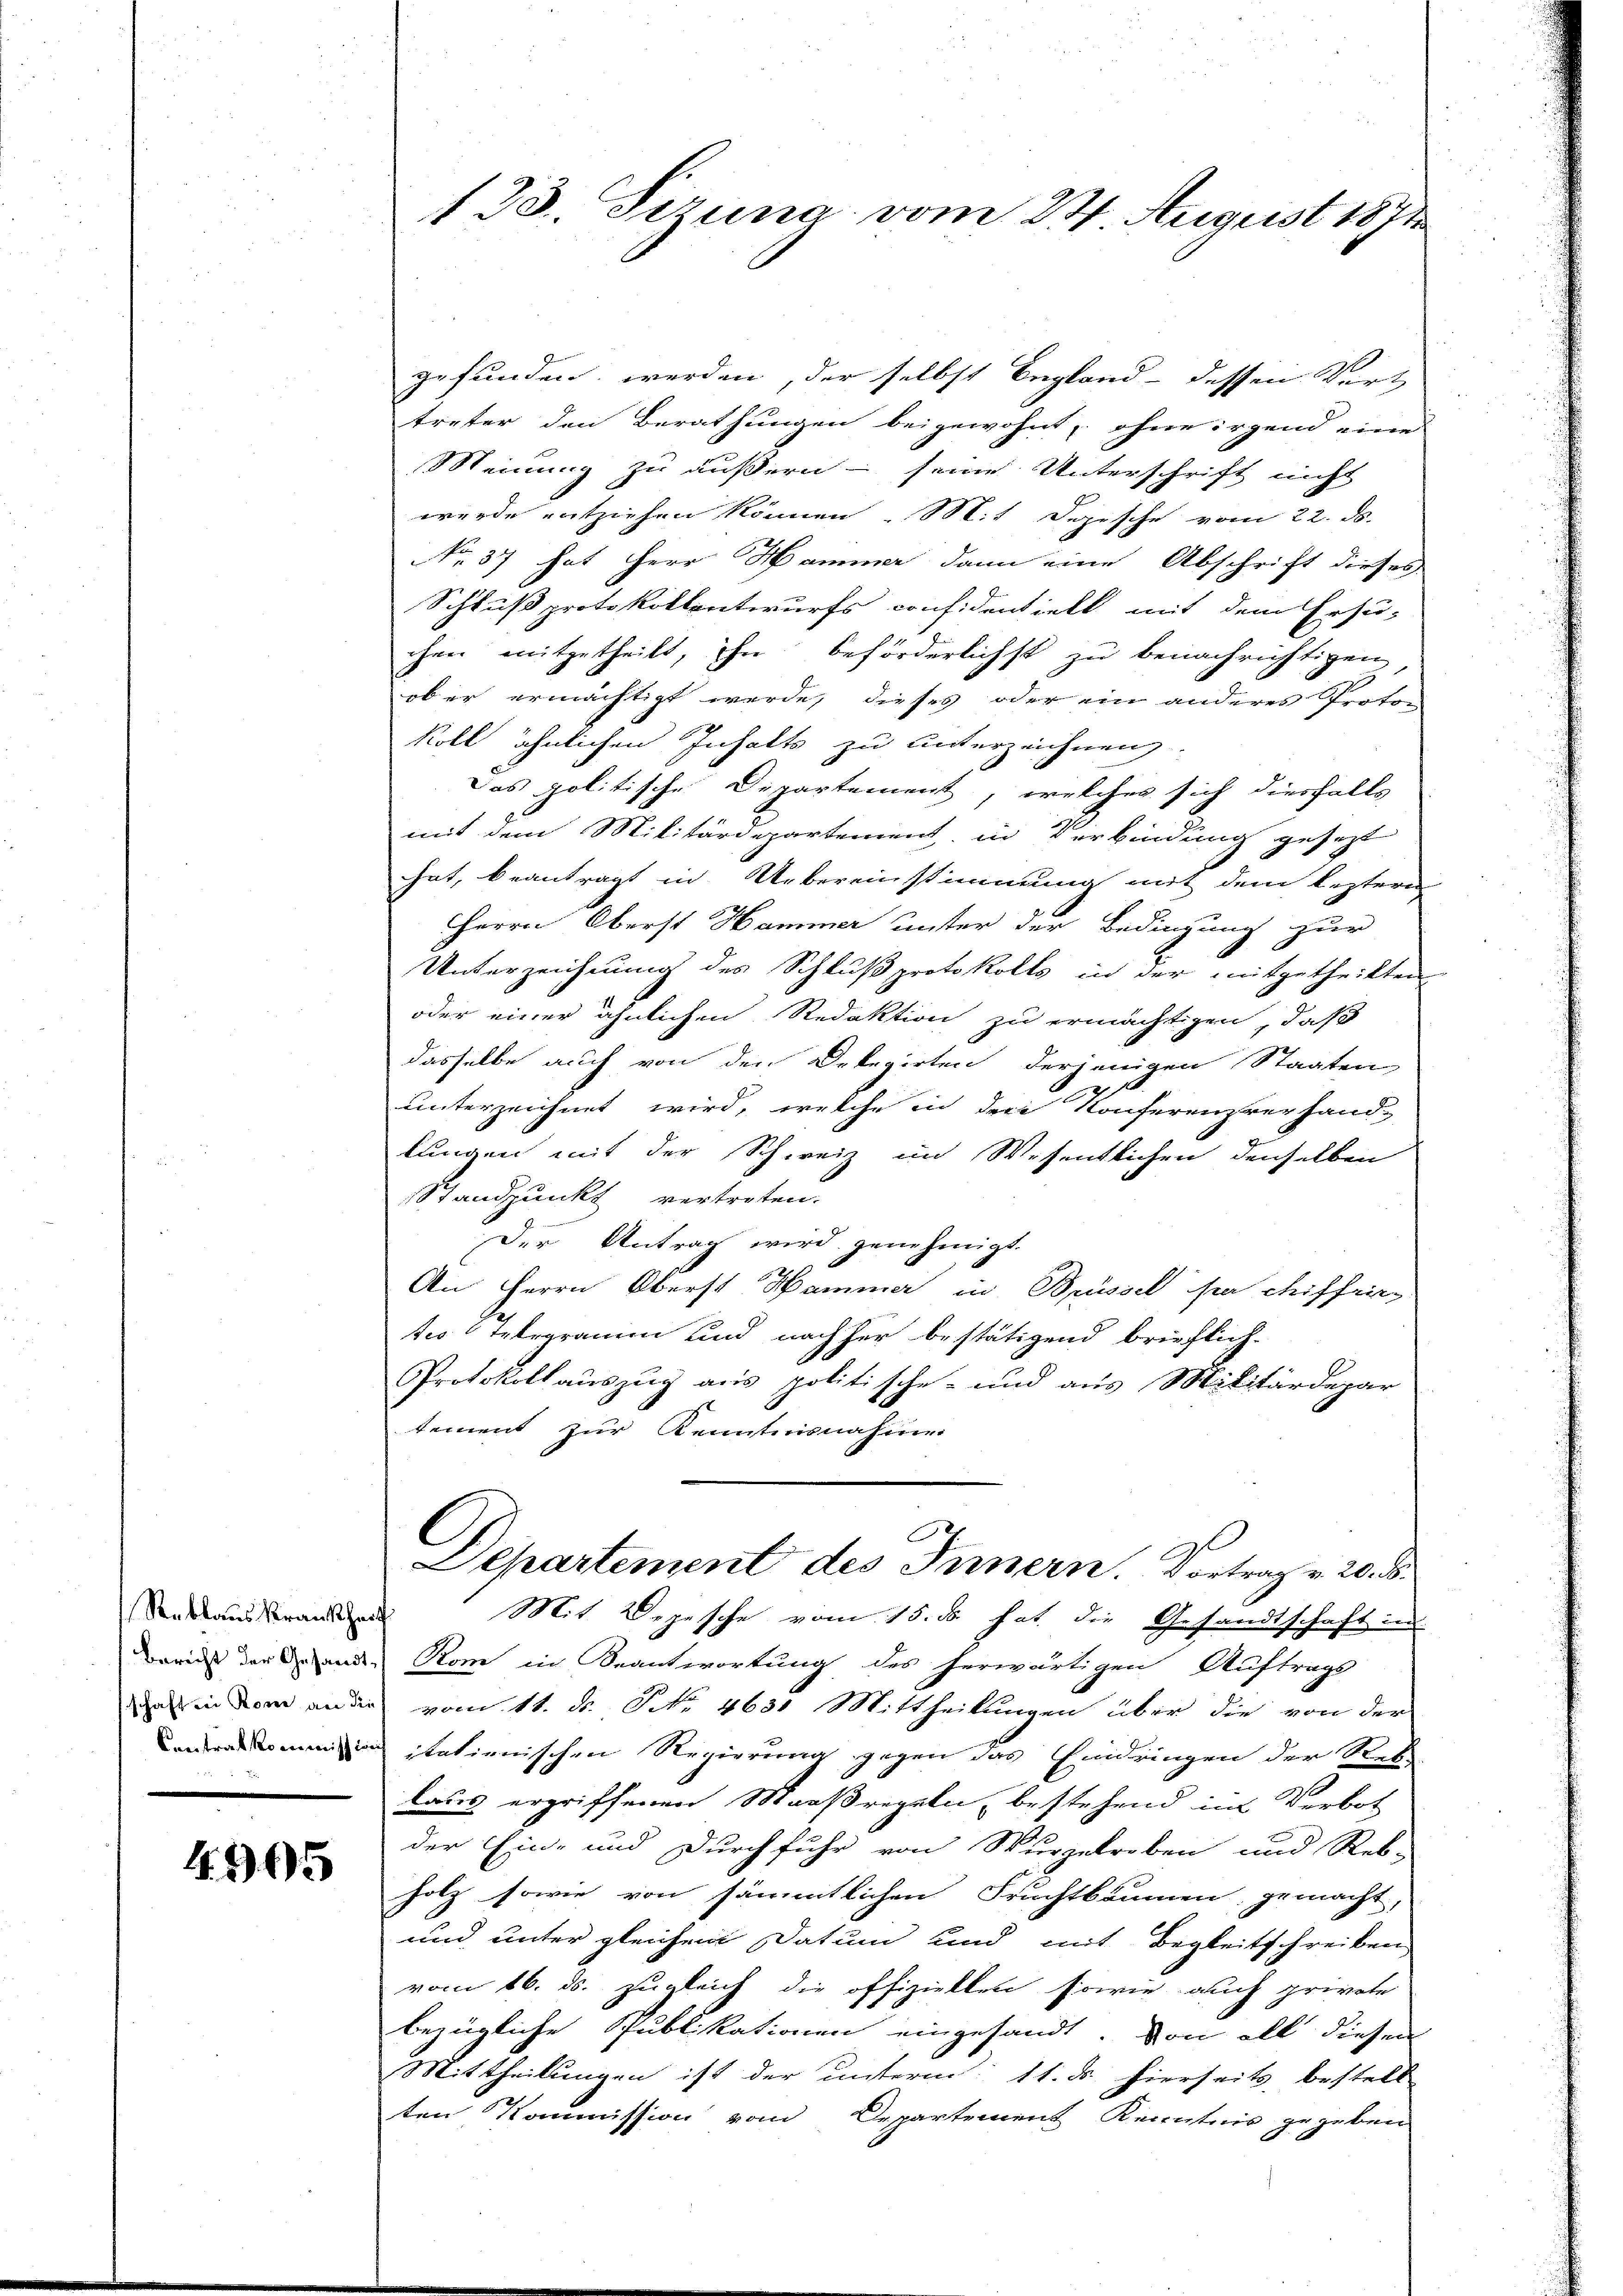
Bericht der Gesandt
Centrat kommission

4905

123. Pezuna vom 24. August 1891

gefunden werden, der selbst Begland - dessen Vert
treter den Berathungen beigewohnt, ohne irgend eines
Meinung zu äußern - seine Unterschrift nicht
wurde entziehen können. Mit Depesche vom 22. ds.
No. 37 hat Herr Hammer dann eine Abschrift dieses
Schluß protokollentwurfs confidentiell mit dem Ersu-
chen mitgetheilt, ihn beförderlichst zu benachrichtigen,
ob er ermächtigt werde, dieses oder ein anderes Proto-
koll ähnlichen Inhalts zu unterzeichnen.
Das politische Departement, welches sich diesfalls
mit dem Militärdepartement, in Verbindung gesezt
hat, beantragt in Uebereinstimmung mit dem leztern
Herrn Oberst Hammer unter der Bedingung zur
Unterzeichnung des Schlußprotokolls in der mitgetheilten
oder einer ähnlichen Redaktion zu ermächtigen, daß
dasselbe auch von den Dekegirten derjenigen Staaten
unterzeichnet wird, welche in der Konferenzverhand-
lungen mit der Schweiz im Wesentlichen denselben
Standpunkt vertreten.
Der Antrag wird genehmigt.
An Herrn Oberst Hammer in Brüssel par chiffeing
tes Telegramm und nachher bestätigend brieflich-
Protokollauszug aus politische- und aus Militärdepar
tement zur Kenntnisnahme
C
Departement des Innern. Vortrag v. 20. d.
Seekraus deranden Mit Depesche vom 15. ds hat die Gesandtschaft in
Rom in Beantwortung des herwärtigen Auftrags
da in dem an die vom 11. N. NNo. 463. Mittheilungen über die von der
ud italienischen Regierung gegen das Eindringen der Rek-
laus ergriffenen Maaßregeln, bestehend in Verbot
der Ein- und Durchfuhr von Wurzelreben und Reb-
holz sowie von sämmtlichen Fruchtbrunnen, gemacht,
und unter gleichem Datum und mit Begleitschreiben
vom 16. ds. zugleich die offiziellen sowie auch private
bezügliche Publikationen eingesandt. Von all diesen
Mittheilungen ist der unterm 11. d. hierseits, bestell
ten Kommission vom Departement Kenntnis gegeben